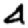
Digit: 4